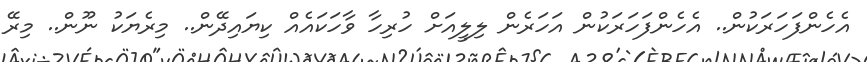
އެހެންފަހަރަކުން.. އެހެންފަހަރަކުން އަހަރެން ލިލީއަށް ހުރިހާ ވާހަކައެއް ކިޔައިދޭން.. މިރެޔަކު ނޫން.. މިރޭ